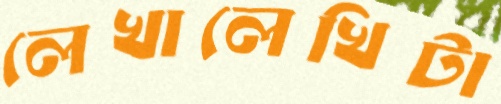
লেখালেখিটা